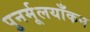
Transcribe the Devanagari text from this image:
पुनर्मूलयाँकन